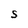
Character: S